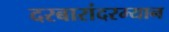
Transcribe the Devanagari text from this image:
दरबारांदरम्यान